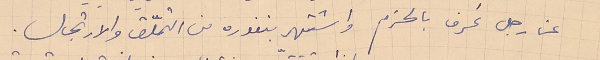
عن رجل عُرف بالحزم واشتهر بنفوره من التملّق والارتجال.